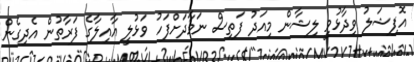
އޮފިޝަލު ވިދާޅުވީ ލިޝާން މިއަދު ފަތިސް ނަމާދަށްފަހު ވަޅުލީ އާއިލާގެ ފަރާތުން އެދިގެން